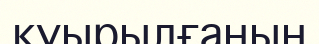
қуырылғанын